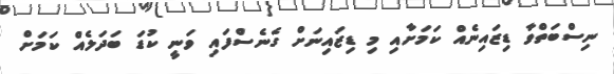
ނިސްބަތްވާ ޑިޒައިނެއް ކަމަށާއި މި ޑިޒައިނަށް ގެނެސްފައި ވަނީ ކުޑަ ބަދަލެއް ކަމަށް